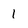
Character: 1